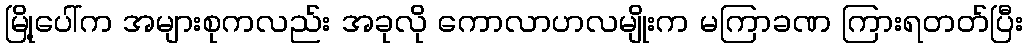
မြို့ပေါ်က အများစုကလည်း အခုလို ကောလာဟလမျိုးက မကြာခဏ ကြားရတတ်ပြီး